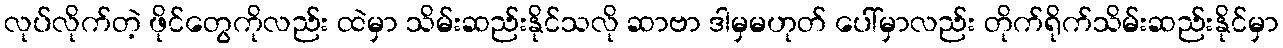
လုပ်လိုက်တဲ့ ဖိုင်တွေကိုလည်း ထဲမှာ သိမ်းဆည်းနိုင်သလို ဆာဗာ ဒါမှမဟုတ် ပေါ်မှာလည်း တိုက်ရိုက်သိမ်းဆည်းနိုင်မှာ